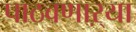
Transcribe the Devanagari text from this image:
पाठवणाऱ्या